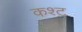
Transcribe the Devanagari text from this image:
कश्ट